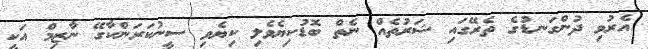
އެރުވި ދުންގަނޑުގެ ތެރޭގައި ޝަރުތެއް ނެތް ބޮޑުކިޔެވެލި ކިޔެވި ސީނުކަރަންކާގޭ ނާޒިމް އަކީ